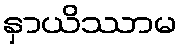
နှာယိဿာမ